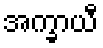
အက္ခာယီ